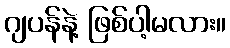
ဂျပန်နဲ့ ဖြစ်ပါ့မလား။